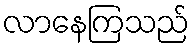
လာနေကြသည်